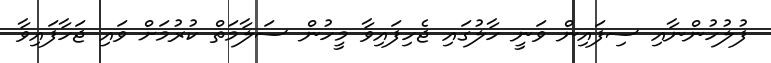
ފުލުހުންނާއި ސިފައިން ވަނީ ހާލުގައި ޖެހިފައިވާ މީހުން ސަލާމަތް ކުރުމަށް ވައި ޖަހާފައިވާ